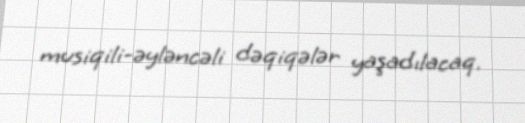
musiqili-əyləncəli dəqiqələr yaşadılacaq.